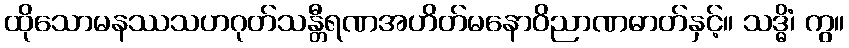
ထိုသောမနဿသဟဂုတ်သန္တီရဏအဟိတ်မနောဝိညာဏဓာတ်နှင့်။ သဒ္ဓိံ၊ ကွ။